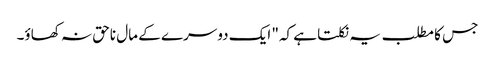
جس کا مطلب یہ نکلتا ہے کہ" ایک دوسرے کے مال ناحق نہ کھاؤ۔